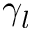
\gamma _ { l }